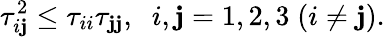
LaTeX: \tau_{i\mathbf{j}}^{2}\leq\tau_{ii}\tau_{\mathbf{j}\mathbf{j}},\; \; i,\mathbf{j}=1,2,3\; (i\neq\mathbf{j}).